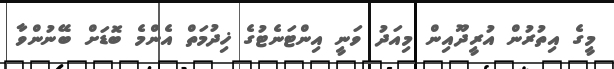
މީގެ އިތުރުން އުރީދޫއިން މިއަދު ވަނީ އިންޓަނެޓުގެ ޚިދުމަތް އެންމެ ބޮޑަށް ބޭނުންވާ